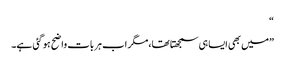
“
”میں بھی ایسا ہی سمجھتا تھا،مگر اب ہر بات واضح ہو گئی ہے۔